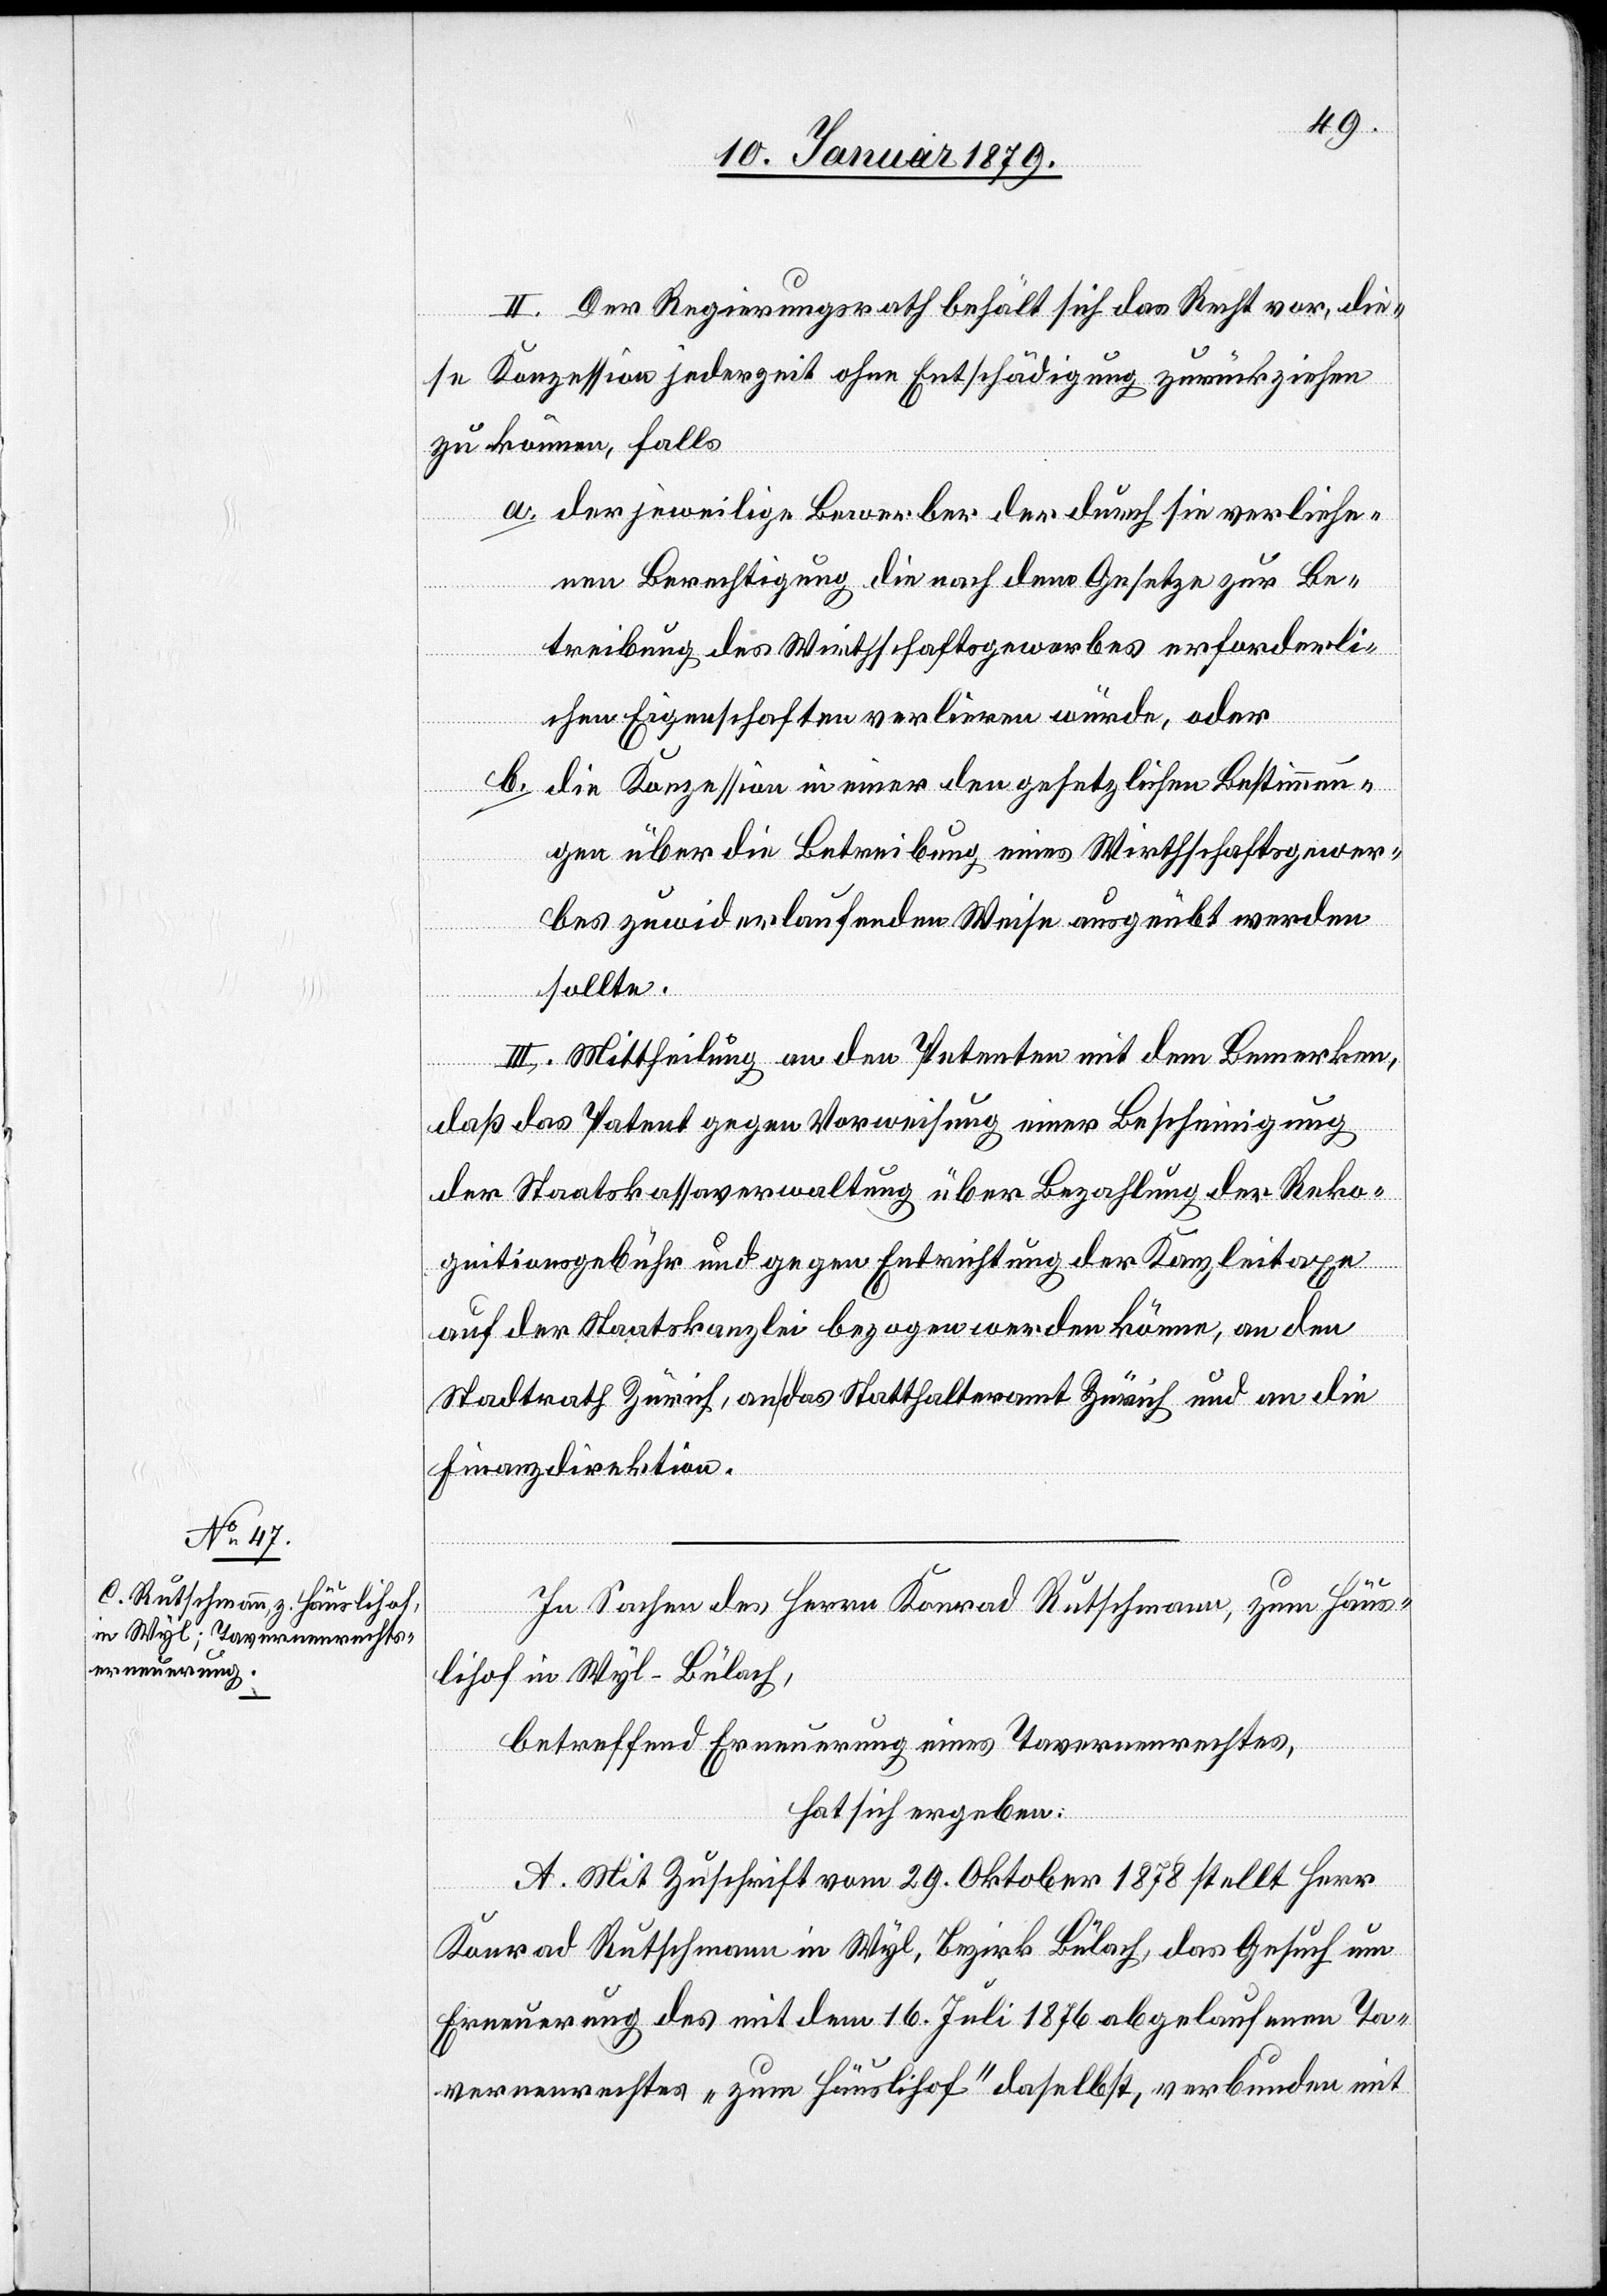
II. Der Regierungsrath behält sich das Recht vor, die¬
se Konzession jederzeit ohne Entschädigung zurückziehen
zu können, falls
a. der jeweilige Bewerber der durch sie verliehe¬
nen Berechtigung die nach dem Gesetze zur Be¬
treibung des Wirthschaftsgewerbes erforderli¬
chen Eigenschaften verlieren würde, oder
b. die Konzession in einer den gesetzlichen Bestimmun¬
gen über die Betreibung eines Wirthschaftsgewer¬
bes zuwiderlaufenden Weise ausgeübt werden
sollte.
III. Mittheilung an den Petenten mit dem Bemerken,
daß das Patent gegen Vorweisung einer Bescheinigung
der Staatskassaverwaltung über Bezahlung der Reko¬
gnitionsgebühr und gegen Entrichtung der Kanzleitaxe
auf der Staatskanzlei bezogen werden könne, an den
Stadtrath Zürich, an das Statthalteramt Zürich und an die
Finanzdirektion.
In Sachen des Herrn Konrad Rutschmann, zum Häus¬
lihof in Wyl-Bülach,
betreffend Erneuerung des Tavernenrechtes,
hat sich ergeben:
A. Mit Zuschrift vom 29. Oktober 1878 stellt Herr
Konrad Rutschmann in Wyl, Bezirk Bülach, das Gesuch um
Erneuerung des mit dem 16. Juli 1876 abgelaufenen Ta¬
vernenrechtes „zum Häuslihof“ daselbst, verbunden mit